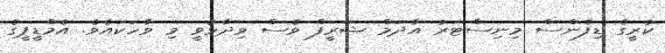
ކުރީގެ ޑިފެންސް މިނިސްޓަރު އާދަމް ޝަރީފް ވެސް ވިދާޅުވީ މި ވާހަކައެވެ. އެމްޑީޕީގެ